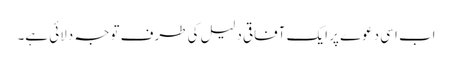
اب اسی دعوے پر ایک آفاقی دلیل کی طرف توجہ دلائی ہے۔